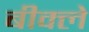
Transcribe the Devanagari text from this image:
बीक्ले